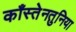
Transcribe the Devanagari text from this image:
काँस्तेनतुनिया